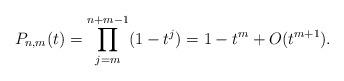
LaTeX: \begin{align*}P_{n,m}(t)=\prod_{j=m}^{n+m-1} (1-t^{j})=1-t^m+O(t^{m+1}).\end{align*}